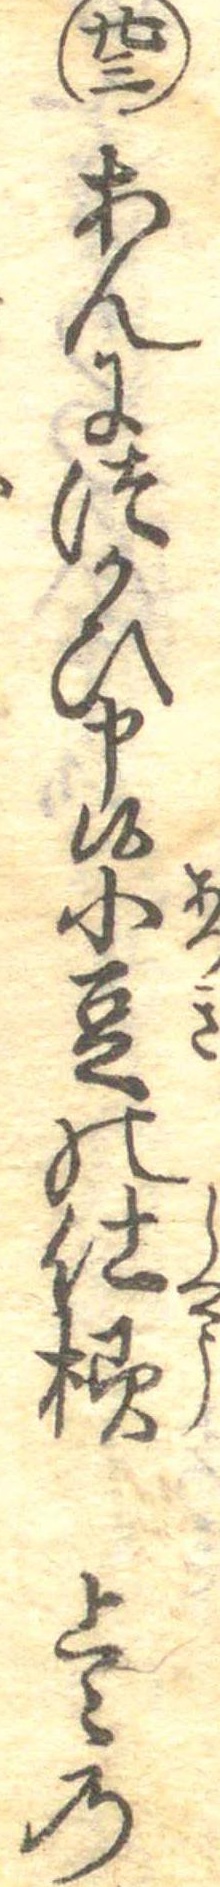
廿三あんにつかひ申候小豆の仕様上〻の